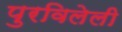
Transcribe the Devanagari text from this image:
पुरविलेली